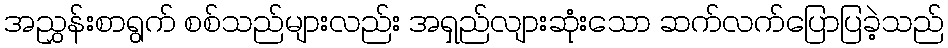
အညွှန်းစာရွက် စစ်သည်များလည်း အရှည်လျားဆုံးသော ဆက်လက်ပြောပြခဲ့သည်